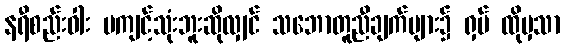
နရီစည်းဝါး မကျင့်သုံးဘူးဆိုလျှင် သဘောတူညီချက်များ၌ ရှပ် ထိုမှသာ